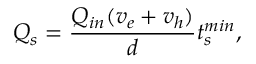
Q _ { s } = \frac { Q _ { i n } ( v _ { e } + v _ { h } ) } { d } t _ { s } ^ { m i n } ,